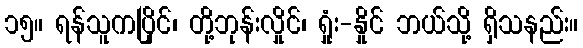
၁၅။ ရန်သူကပြိုင်၊ တို့ဘုန်းလှိုင်၊ ရှုံး-နှိုင် ဘယ်သို့ ရှိသနည်း။